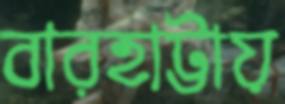
বারহাট্টায়